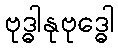
ဗုဒ္ဓါနုဗုဒ္ဓေါ